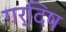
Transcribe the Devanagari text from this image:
गर्दिष